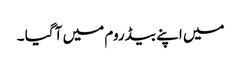
میں اپنے بیڈ روم میں آ گیا ۔